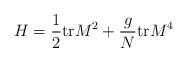
LaTeX: \begin{align*}H = \frac{1}{2}{\rm tr} M^2 + \frac{g}{N}{\rm tr} M^4\end{align*}